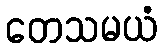
တေသမယံ